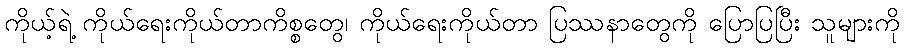
ကိုယ့်ရဲ့ ကိုယ်ရေးကိုယ်တာကိစ္စတွေ၊ ကိုယ်ရေးကိုယ်တာ ပြဿနာတွေကို ပြောပြပြီး သူများကို